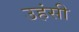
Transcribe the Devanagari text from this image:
उहंसी